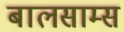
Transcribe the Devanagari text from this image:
बालसाम्स